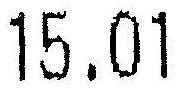
15.01